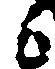
候